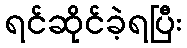
ရင်ဆိုင်ခဲ့ရပြီး